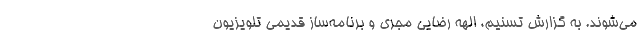
می‌شوند. به گزارش تسنیم، الهه رضایی مجری و برنامه‌ساز قدیمیِ تلویزیون